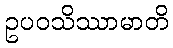
ဥပဝသိဿာမာတိ